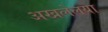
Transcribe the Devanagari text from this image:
अखलेलया